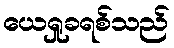
ယေရှုခရစ်သည်